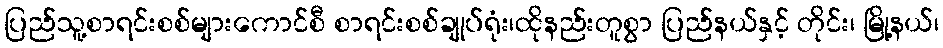
ပြည်သူ့စာရင်းစစ်များကောင်စီ စာရင်းစစ်ချုပ်ရုံး၊ထိုနည်းတူစွာ ပြည်နယ်နှင့် တိုင်း၊ မြို့နယ်၊